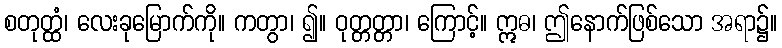
စတုတ္ထံ၊ လေးခုမြောက်ကို။ ကတွာ၊ ၍။ ဝုတ္တတ္တာ၊ ကြောင့်။ ဣဓ၊ ဤနောက်ဖြစ်သော အရာ၌။